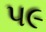
પ૯